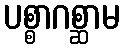
ပစ္စာဂစ္ဆာမ